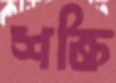
শক্তি